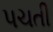
પચતી